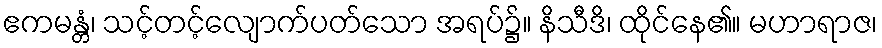
ဧကမန္တံ၊ သင့်တင့်လျောက်ပတ်သော အရပ်၌။ နိသီဒိ၊ ထိုင်နေ၏။ မဟာရာဇ၊